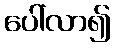
ပေါ်လာ၍